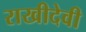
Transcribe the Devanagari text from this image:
राखीदेवी